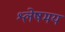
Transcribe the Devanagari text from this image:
श्लेषमय